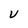
Character: V